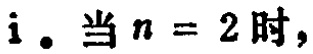
i. 当 \(n = 2\) 时，